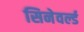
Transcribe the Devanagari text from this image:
सिनेवर्ल्ड